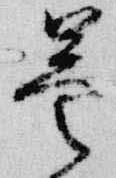
曇